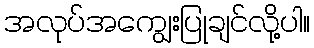
အလုပ်အကျွေးပြုချင်လို့ပါ။